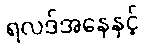
ရလဒ်အနေနှင့်